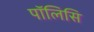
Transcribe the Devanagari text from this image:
पॉलिसि